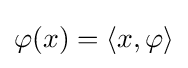
\varphi (x)=\langle x,\varphi \rangle